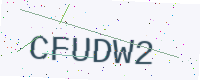
Text: CFUDW2